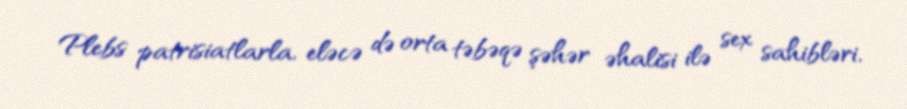
Plebs patrisiatlarla, eləcə də orta təbəqə şəhər əhalisi ilə sex sahibləri,